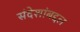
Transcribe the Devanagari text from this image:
संदेशांबद्दल